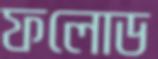
ফলোড